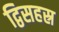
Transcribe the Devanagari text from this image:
द्विसहस्र